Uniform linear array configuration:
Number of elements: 16
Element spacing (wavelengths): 1
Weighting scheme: hann
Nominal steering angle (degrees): -60
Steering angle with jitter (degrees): -60.4
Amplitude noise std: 0.05
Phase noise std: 0.05

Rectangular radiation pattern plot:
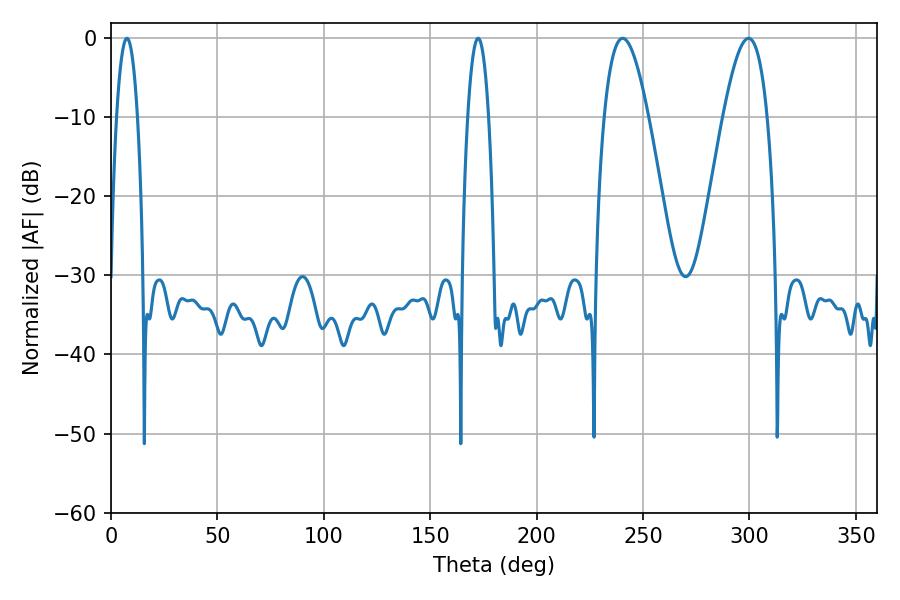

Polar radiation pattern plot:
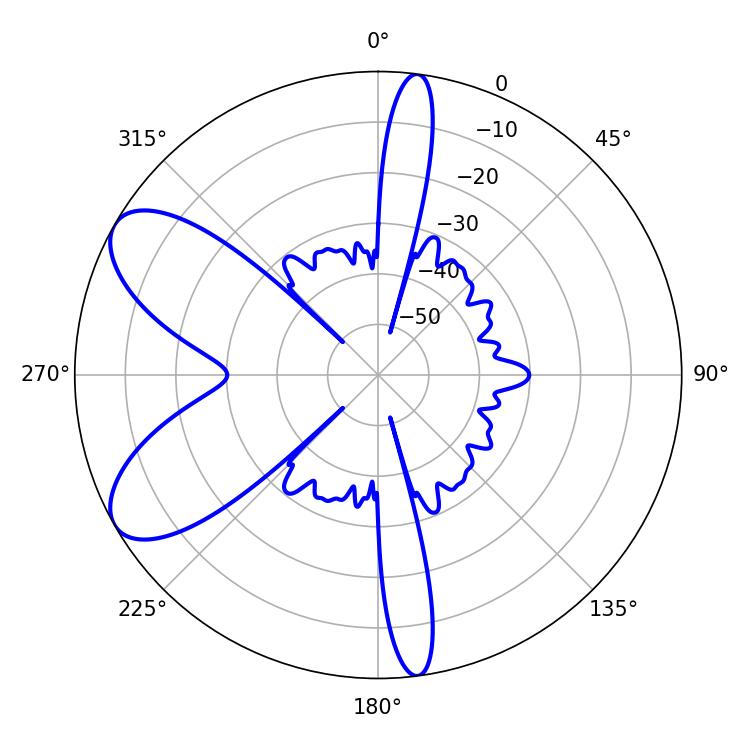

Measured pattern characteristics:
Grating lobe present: TRUE
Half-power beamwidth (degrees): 11.34
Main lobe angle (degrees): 240.48